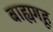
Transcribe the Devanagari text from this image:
बाह्यगृह